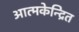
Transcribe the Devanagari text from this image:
आत्मकेन्द्रित